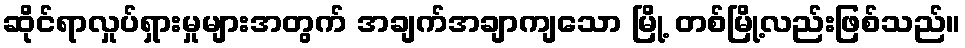
ဆိုင်ရာလှုပ်ရှားမှုများအတွက် အချက်အချာကျသော မြို့ တစ်မြို့လည်းဖြစ်သည်။